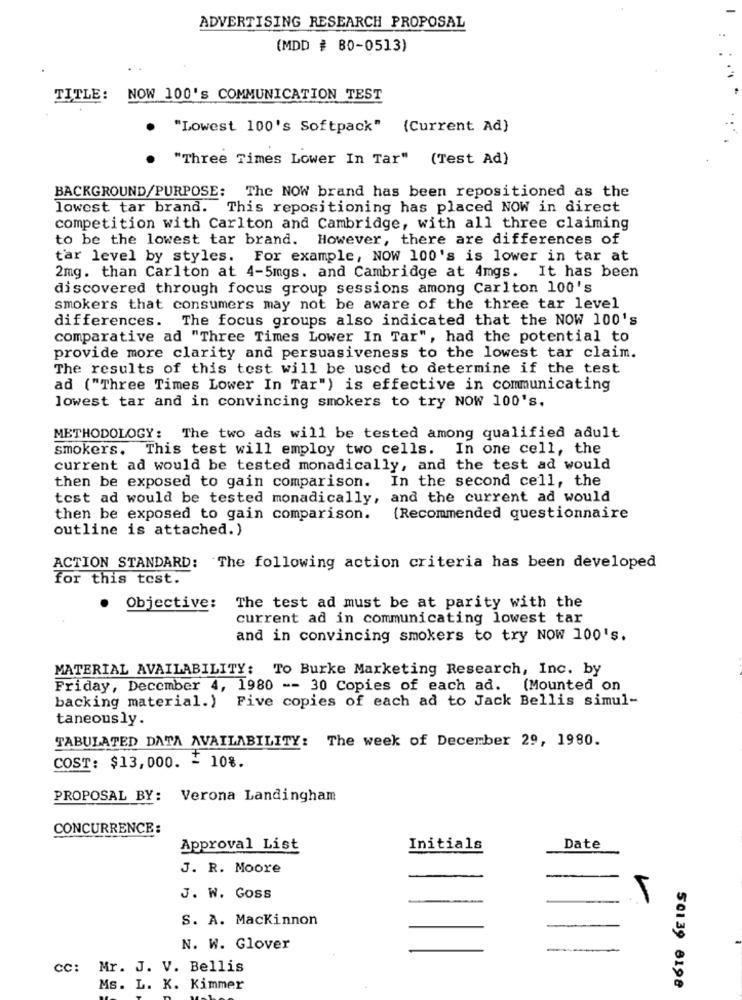
ADVERTISING RESEARCH PROPOSAL
(MDD # 80-0513)
TITLE:
NOW 100's COMMUNICATION TEST
"Lowest 100's Softpack" (Current Ad)
"Three Times Lower In Tar" (Test Ad)
BACKGROUND/PURPOSE:
The NOW brand has been repositioned as the
lowest tar brand. This repositioning has placed NOW in direct
competition with Carlton and Cambridge, with all three claiming
to be the lowest tar brand. However, there are differences of
tar level by styles. For example, NOW 100's is lower in tar at
2mg. than Carlton at 4-5mgs. and Cambridge at 4mgs. It has been
discovered through focus group sessions among Carlton 100's
smokers that consumers may not be aware of the three tar level
differences. The focus groups also indicated that the NOW 100's
comparative ad "Three Times Lower In Tar", had the potential to
provide more clarity and persuasiveness to the lowest tar claim.
The results of this test will be used to determine if the test
ad ("Three Times Lower In Tar") is effective in communicating
lowest tar and in convincing smokers to try NOW 100's.
METHODOLOGY: The two ads will be tested among qualified adult
smokers. This test will employ two cells. In one cell, the
current ad would be tested monadically, and the test ad would
then be exposed to gain comparison. In the second cell, the
test ad would be tested monadically, and the current ad would
then be exposed to gain comparison.
(Recommended questionnaire
outline is attached.)
ACTION STANDARD: The following action criteria has been developed
for this test.
.
Objective: The test ad must be at parity with the
current ad in communicating lowest tar
and in convincing smokers to try NOW 100's.
MATERIAL AVAILABILITY: To Burke Marketing Research, Inc. by
Friday, December 4, 1980 -- 30 Copies of each ad. (Mounted on
backing material.) Five copies of each ad to Jack Bellis simul-
taneously.
TABULATED DATA AVAILABILITY: The week of December 29, 1980.
COST: $13,000. ₹ 10%.
PROPOSAL BY: Verona Landingham
CONCURRENCE:
Approval List
Initials
Date
J. R. Moore
J. W. Goss
S. A. Mackinnon
N. W. Glover
---
cc: Mr. J. V. Bellis
Ms. L. K. Kimmer
50139 8198